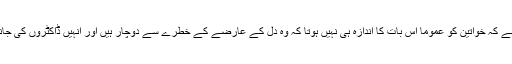
لیکن مطالعے مںی یہ بھی بتایا گیا ہے کہ خواتین کو عموماً اس بات کا اندازہ ہی نہیں ہوتا کہ وہ دل کے عارضے کے خطرے سے دوچار ہیں اور انہیں ڈاکٹروں کی جانب سے سبھی مناسب علاج نہیں ملتا۔